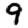
Digit: 9